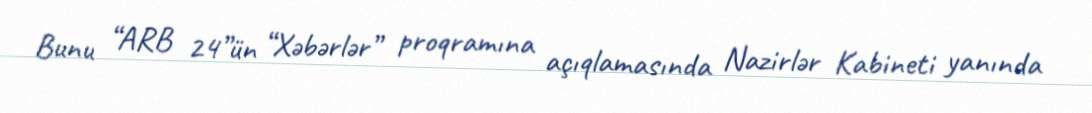
Bunu “ARB 24”ün “Xəbərlər” proqramına açıqlamasında Nazirlər Kabineti yanında